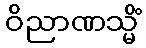
ဝိညာဏသ္မိံ